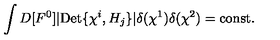
\int D [ F ^ { 0 } ] | \mathrm { D e t } \{ \chi ^ { i } , H _ { j } \} | \delta ( \chi ^ { 1 } ) \delta ( \chi ^ { 2 } ) = \mathrm { c o n s t . }